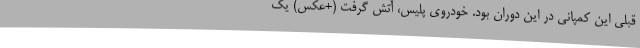
قبلی این کمپانی در این دوران بود. خودروی پلیس، آتش گرفت (+عکس) یک